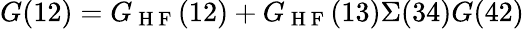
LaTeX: G(12)=G_{\mathrm{~H~F~}}(12)+G_{\mathrm{~H~F~}}(13)\Sigma(34)G(42)